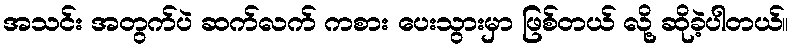
အသင်း အတွက်ပဲ ဆက်လက် ကစား ပေးသွားမှာ ဖြစ်တယ် လို့ ဆိုခဲ့ပါတယ်။